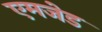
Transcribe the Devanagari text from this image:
एमजेड